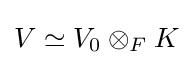
V\simeq V_{0}\otimes _{F}K